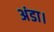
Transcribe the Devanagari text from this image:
अंडा।